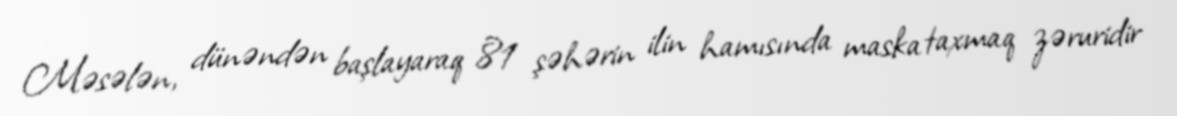
Məsələn, dünəndən başlayaraq 81 şəhərin ilin hamısında maska taxmaq zəruridir